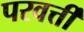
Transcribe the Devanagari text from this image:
परवर्त्ती